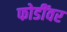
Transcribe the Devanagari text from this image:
फोडींवर